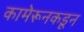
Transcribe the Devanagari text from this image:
कामेरूनकडून